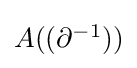
{\textstyle A((\partial ^{-1}))}